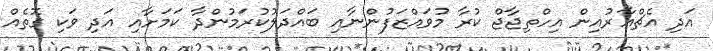
އަދި އެޗްއާރުއިން އިހްތިޖާޖް ކުރާ މުވައްޒަފުންނާއި ބައްދަލުކުރަމުންދާ ކަމަށާއި އަދި ވަކި ގޮތެއް